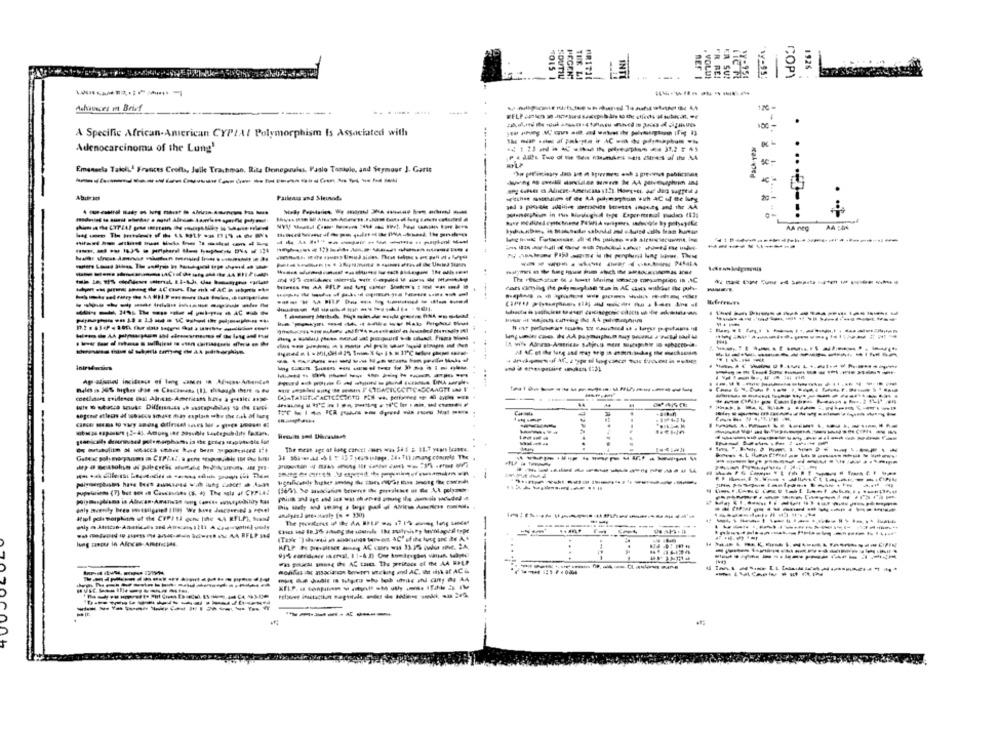
SOUTH
EGENT
INT
"my-35
1926
REF I
FR RE!
KA SU!
COPY
Achaveces m Brief
176 -
A Specific African-American CYPZA/ Polymorphism Is Associated with
Pach-year
Adenocarcinoma of the Lung'
Emanuela Takkil Frances Crolla, Julle Trachman. Rita Dennepoules. Paslo Toniglo, and Seymour J. Garts
Palmas and Sieunsod.
----------
........
AA neg
AA :04
---------
------------
------------
------------
-------------
-
-..
--
--
----------
----
.. ....
lung meet in Afocus Ameretpas.
-
-